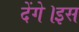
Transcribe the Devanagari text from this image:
देंगे।इस